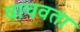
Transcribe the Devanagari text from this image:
वाचवता